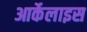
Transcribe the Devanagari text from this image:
आर्केलाइस